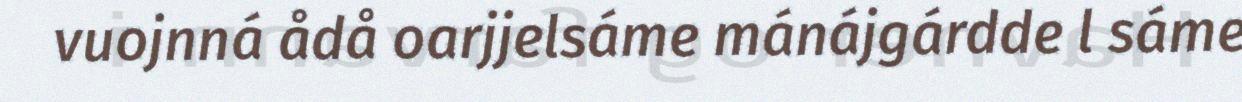
vuojnná ådå oarjjelsáme mánájgárdde l sáme